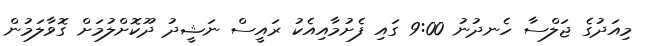
މިއަދުގެ ޖަލްސާ ހެނދުނު 9:00 ގައި ފެށުމާއިއެކު ރައީސް ނަޝީދު ދޫކޮށްލުމަށް ގޮވާލަމުން